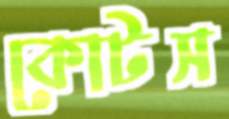
কোটস